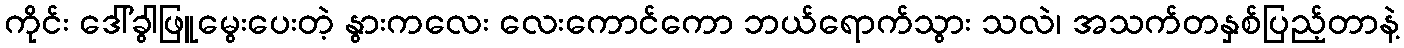
ကိုင်း ဒေါ်ခွါဖြူမွေးပေးတဲ့ နွားကလေး လေးကောင်ကော ဘယ်ရောက်သွား သလဲ၊ အသက်တနှစ်ပြည့်တာနဲ့